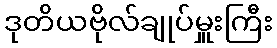
ဒုတိယဗိုလ်ချုပ်မှူးကြီး